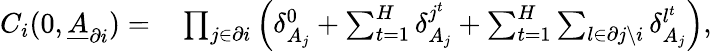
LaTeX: \begin{array}{rl}{C_{i}(0,\underline{{A}}_{\partial i})=}&{{}\prod_{j\in\partial i}\left(\delta_{A_{j}}^{0}+\sum_{t=1}^{H}\delta_{A_{j}}^{j^{t}}+\sum_{t=1}^{H}\sum_{l\in\partial j\backslash i}\delta_{A_{j}}^{l^{t}}\right),}\end{array}